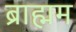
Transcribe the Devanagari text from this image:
ब्राह्मम